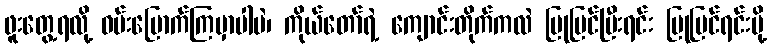
ဖူးတွေ့ရလို့ ဝမ်းမြောက်ကြမှာပါပဲ၊ ကိုယ်တော်ရဲ့ ကျောင်းတိုက်ကလဲ ပြုပြင်ပြီးရင်း ပြုပြင်ရင်းမို့